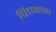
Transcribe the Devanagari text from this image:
पिचकान